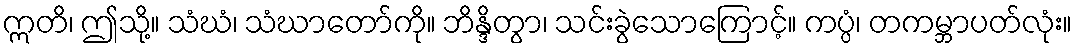
ဣတိ၊ ဤသို့။ သံဃံ၊ သံဃာတော်ကို။ ဘိန္ဒိတွာ၊ သင်းခွဲသောကြောင့်။ ကပ္ပံ၊ တကမ္ဘာပတ်လုံး။